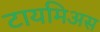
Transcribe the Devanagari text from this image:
टायमिअस